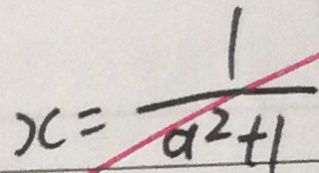
x = \frac { 1 } { a ^ { 2 } + 1 }